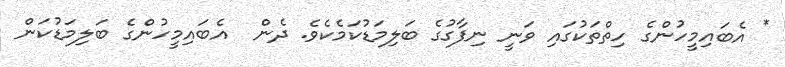
* އެބައިމީހުންގެ ހިތްތަކުގައި ވަނީ ނިފާގުގެ ބަލިމަޑުކަމެކެވެ. ދެން  އެބައިމީހުންގެ ބަލިމަޑުކަން